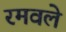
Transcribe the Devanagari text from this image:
रमवले